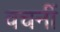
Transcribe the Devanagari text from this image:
वचनीं